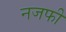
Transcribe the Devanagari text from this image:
नजफी